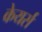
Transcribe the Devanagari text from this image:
केयर्स